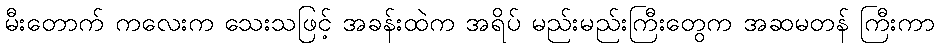
မီးတောက် ကလေးက သေးသဖြင့် အခန်းထဲက အရိပ် မည်းမည်းကြီးတွေက အဆမတန် ကြီးကာ